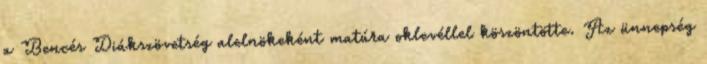
a Bencés Diákszövetség alelnökeként matúra oklevéllel köszöntötte. Az ünnepség